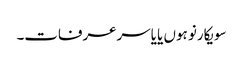
سویکارنو ہوں یا یاسرعرفات۔